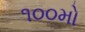
૧૦૦મો